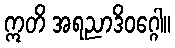
ဣတိ အရညာဒိဝဂ္ဂေါ။